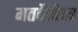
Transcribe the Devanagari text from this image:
मतवैविध्य